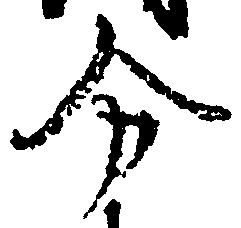
分